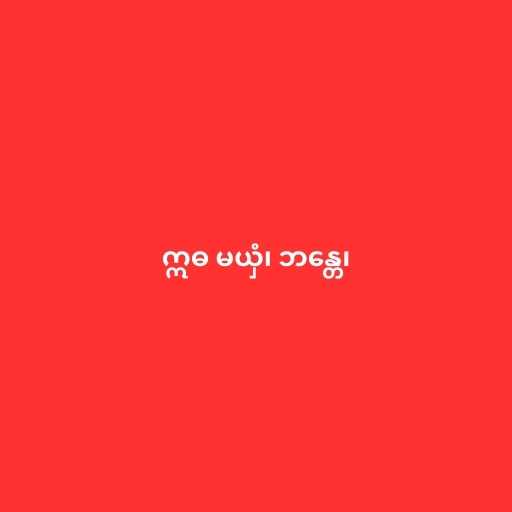
ဣဓ မယှံ၊ ဘန္တေ၊